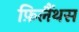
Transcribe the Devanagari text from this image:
फ़िलैंथस